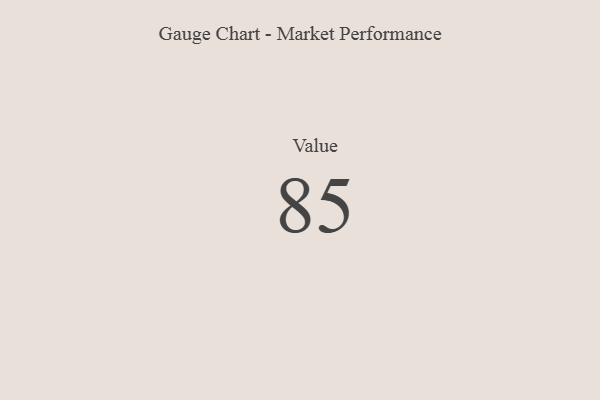
{"axis": {"x": "Metric", "y": "Value"}, "legend": [""], "data": [{"x": "Value", "y": 85, "type": ""}]}